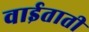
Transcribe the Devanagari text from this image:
वाईताती